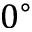
0 ^ { \circ }